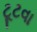
ટૂટવા